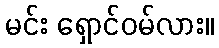
မင်း ရှောင်ဝမ်လား။